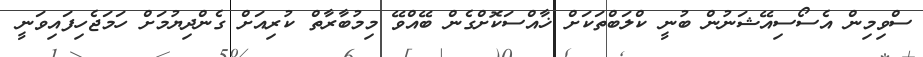
ސްވިމިން އެސޯސިއޭޝަނުން ބުނީ ކްލަބްތަކަށް ޚާއްސަކޮށްގެން ބޭއްވޭ މިމުބާރާތް ކުރިއަށް ގެންދިޔުމަށް ހަމަޖެހިފައިވަނީ